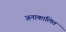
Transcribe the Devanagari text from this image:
अनाकालित